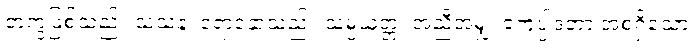
တကွဖြစ်သည်။ သံသနံ၊ ရောနှောသည်။ သမ္ပယုတ္တံ၊ အညီအမျှ၊ ဧကုပ္ပါဒတာ အစရှိသော